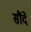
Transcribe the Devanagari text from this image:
सौंदे